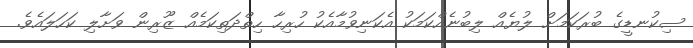
ސިކުނޑީގެ ބުރަކަމަށް ލުޔެއް ލިބުނެއްކަމަކު އެކަނިވުމާއެކު ހުރިހާ ހިތްދަތިކަމެއް ޒޫރިން ވަށާލި ކަހަލައެވެ.